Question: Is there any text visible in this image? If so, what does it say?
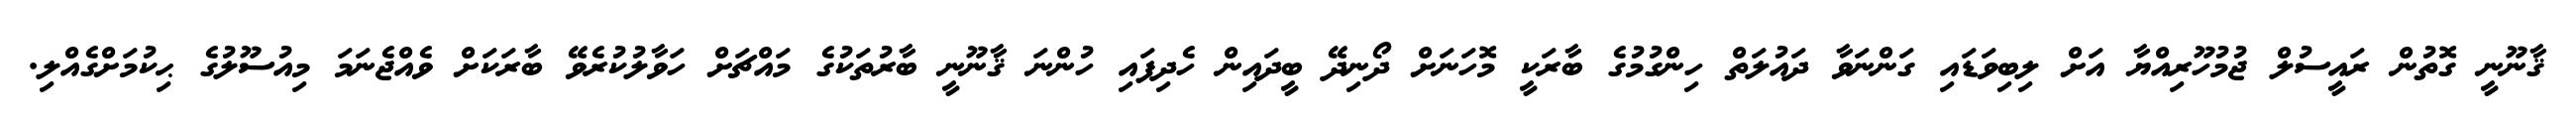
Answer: ޤާނޫނީ ގޮތުން ރައީސުލް ޖުމުހޫރިއްޔާ އަށް ލިބިވަޑައި ގަންނަވާ ދައުލަތް ހިންގުމުގެ ބާރަކީ މޮހަނަށް ދޯނިދޭ ބީދައިން ހެދިފައި ހުންނަ ޤާނޫނީ ބާރުތަކުގެ މައްޗަށް ހަވާލުކުރެވޭ ބާރަކަށް ވެއްޖެނަމަ މިއުސޫލުގެ ޙިކުމަށްގެއްލި.